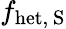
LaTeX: f_{\mathrm{het,~S}}